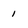
Character: 1